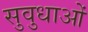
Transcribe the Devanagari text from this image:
सुवुधाओं